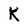
Character: K